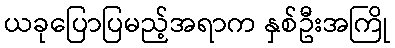
ယခုပြောပြမည့်အရာက နှစ်ဦးအကြို